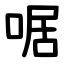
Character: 啹